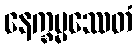
နေက္ခမ္မဿေတံ